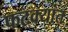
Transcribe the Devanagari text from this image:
फटक्यांत